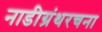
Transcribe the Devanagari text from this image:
नाडीग्रंथरचना